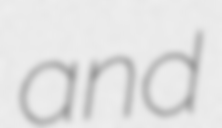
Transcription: and